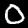
Label: 0